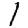
Digit: 1